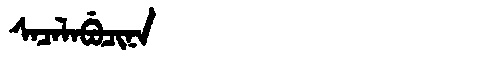
Manchu: ᠰᠠᠴᠠᠯᠠᠪᡠᠴᡳᠨᠠ
Romanization: SACALABUCINA